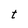
Character: t